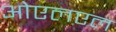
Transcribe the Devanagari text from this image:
ओएलएल